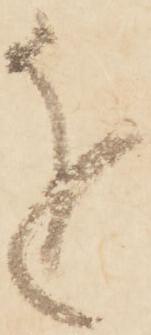
を